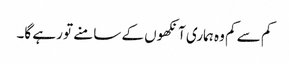
کم سے کم وہ ہماری آنکھوں کے سامنے تو رہے گا۔